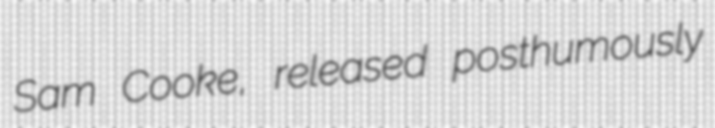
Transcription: Sam Cooke, released posthumously